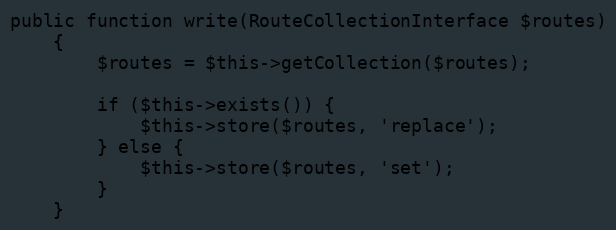
Language: PHP
public function write(RouteCollectionInterface $routes)
    {
        $routes = $this->getCollection($routes);

        if ($this->exists()) {
            $this->store($routes, 'replace');
        } else {
            $this->store($routes, 'set');
        }
    }